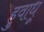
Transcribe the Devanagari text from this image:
हुवाधू